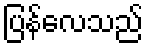
ပြန်လေသည်